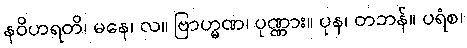
နဝိဟရတိ၊ မနေ၊ လ။ ဗြာဟ္မဏ၊ ပုဏ္ဏား။ ပုန၊ တဘန်။ ပရံစ၊